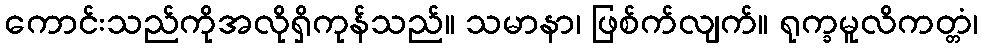
ကောင်းသည်ကိုအလိုရှိကုန်သည်။ သမာနာ၊ ဖြစ်က်လျက်။ ရုက္ခမူလိကတ္တံ၊